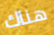
هناك